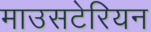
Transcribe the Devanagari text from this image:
माउसटेरियन